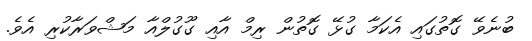
ބުނެވޭ ގޮތުގައި އެކަމާ ގުޅޭ ގޮތުން ރިމް އާއި ގޫގުލްއާ މަޝްވަރާކުރި އެވެ.